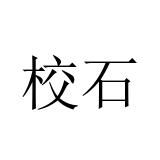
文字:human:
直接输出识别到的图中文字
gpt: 校石